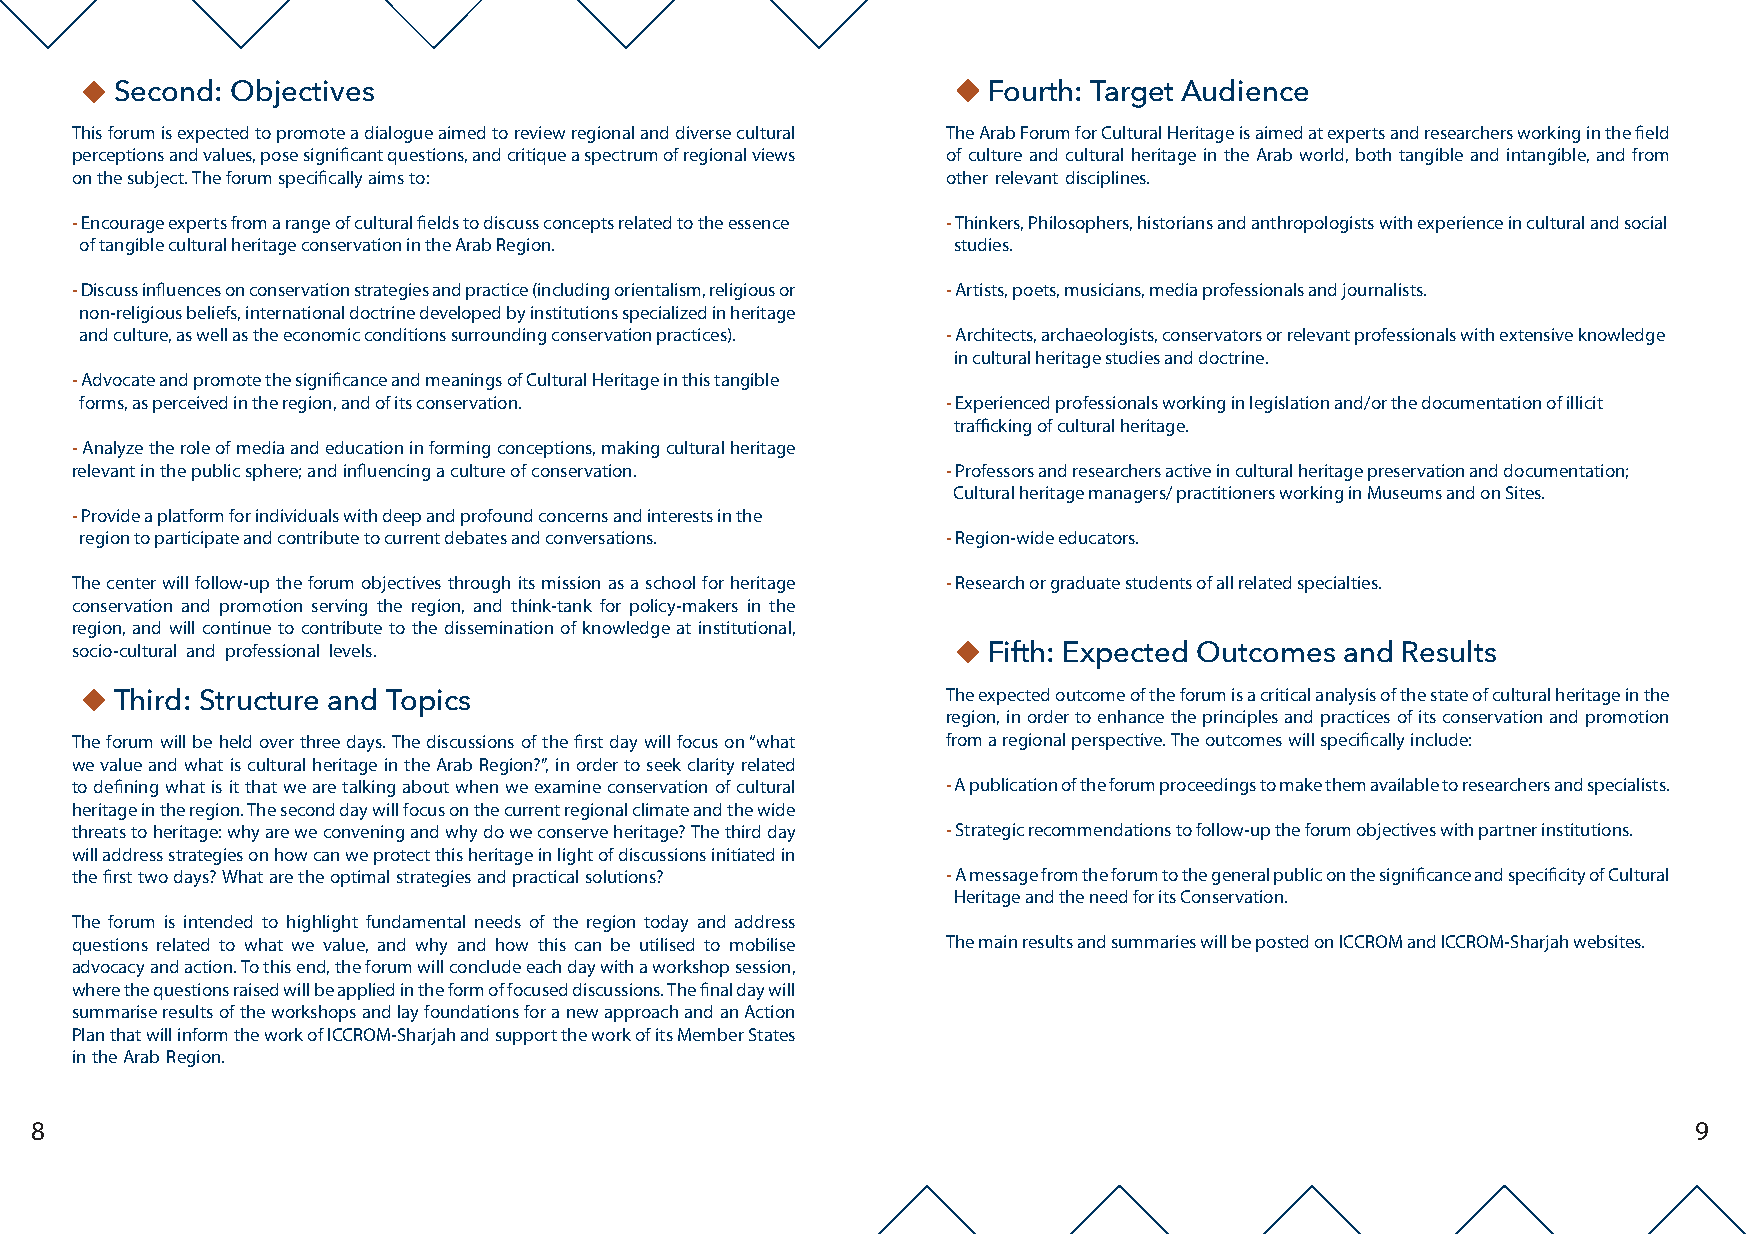
Second: Objectives                                        Fourth: Target Audience
 This forum is expected to promote a dialogue aimed to review regional and diverse cultural The Arab Forum for Cultural Heritage is aimed at experts and researchers working in the field
 perceptions and values, pose significant questions, and critique a spectrum of regional views of culture and cultural heritage in the Arab world, both tangible and intangible, and from
 on the subject. The forum specifically aims to:           other relevant disciplines.
 - Encourage experts from a range of cultural fields to discuss concepts related to the essence - Thinkers, Philosophers, historians and anthropologists with experience in cultural and social
 of tangible cultural heritage conservation in the Arab Region. studies.
 - Discuss influences on conservation strategies and practice (including orientalism, religious or - Artists, poets, musicians, media professionals and journalists.
 non-religious beliefs, international doctrine developed by institutions specialized in heritage
 and culture, as well as the economic conditions surrounding conservation practices). - Architects, archaeologists, conservators or relevant professionals with extensive knowledge
 in cultural heritage studies and doctrine.
 - Advocate and promote the significance and meanings of Cultural Heritage in this tangible
 forms, as perceived in the region, and of its conservation. - Experienced professionals working in legislation and/or the documentation of illicit
 trafficking of cultural heritage.
 - Analyze the role of media and education in forming conceptions, making cultural heritage
 relevant in the public sphere; and influencing a culture of conservation. - Professors and researchers active in cultural heritage preservation and documentation;
 Cultural heritage managers/ practitioners working in Museums and on Sites.
 - Provide a platform for individuals with deep and profound concerns and interests in the
 region to participate and contribute to current debates and conversations. - Region-wide educators.
 The center will follow-up the forum objectives through its mission as a school for heritage - Research or graduate students of all related specialties.
 conservation and promotion serving the region, and think-tank for policy-makers in the
 region, and will continue to contribute to the dissemination of knowledge at institutional,
 socio-cultural and professional levels.                      Fifth: Expected Outcomes and Results
 The expected outcome of the forum is a critical analysis of the state of cultural heritage in the
 Third: Structure and Topics
 region, in order to enhance the principles and practices of its conservation and promotion
 The forum will be held over three days. The discussions of the first day will focus on “what from a regional perspective. The outcomes will specifically include:
 we value and what is cultural heritage in the Arab Region?”, in order to seek clarity related
 to defining what is it that we are talking about when we examine conservation of cultural - A publication of the forum proceedings to make them available to researchers and specialists.
 heritage in the region. The second day will focus on the current regional climate and the wide
 threats to heritage: why are we convening and why do we conserve heritage? The third day - Strategic recommendations to follow-up the forum objectives with partner institutions.
 will address strategies on how can we protect this heritage in light of discussions initiated in
 the first two days? What are the optimal strategies and practical solutions? - A message from the forum to the general public on the significance and specificity of Cultural
 Heritage and the need for its Conservation.
 The forum is intended to highlight fundamental needs of the region today and address
 questions related to what we value, and why and how this can be utilised to mobilise The main results and summaries will be posted on ICCROM and ICCROM-Sharjah websites.
 advocacy and action. To this end, the forum will conclude each day with a workshop session,
 where the questions raised will be applied in the form of focused discussions. The final day will
 summarise results of the workshops and lay foundations for a new approach and an Action
 Plan that will inform the work of ICCROM-Sharjah and support the work of its Member States
 in the Arab Region.
 8                                                                                                             9